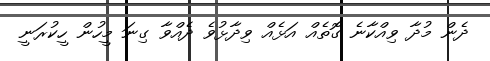
ދެން މުދާ ވިއްކާނެ ގޮތެއް އަޅެއް ވިދާޅުވެ ދެއްވާ ގިނަ މީހުން ހީކުރަނީ